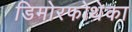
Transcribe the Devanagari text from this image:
डिमोरफोथेका